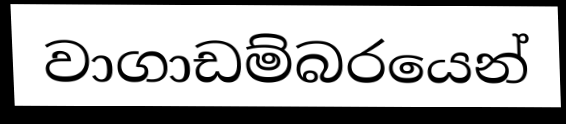
වාගාඩම්බරයෙන්